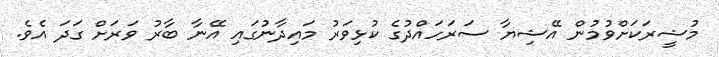
މުޝީރަކަށްވުމުން އޭޝިޔާ ސަރަހައްދުގެ ކުޅިވަރު މައިދާނުގައި އޭނާ ބާރު ވަރަށް ގަދަ އެވެ.